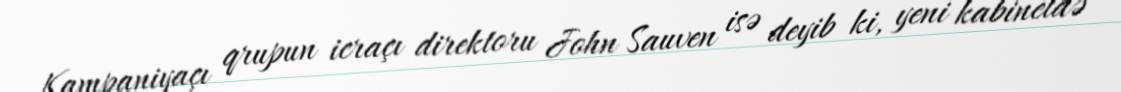
Kampaniyaçı qrupun icraçı direktoru John Sauven isə deyib ki, yeni kabinetdə